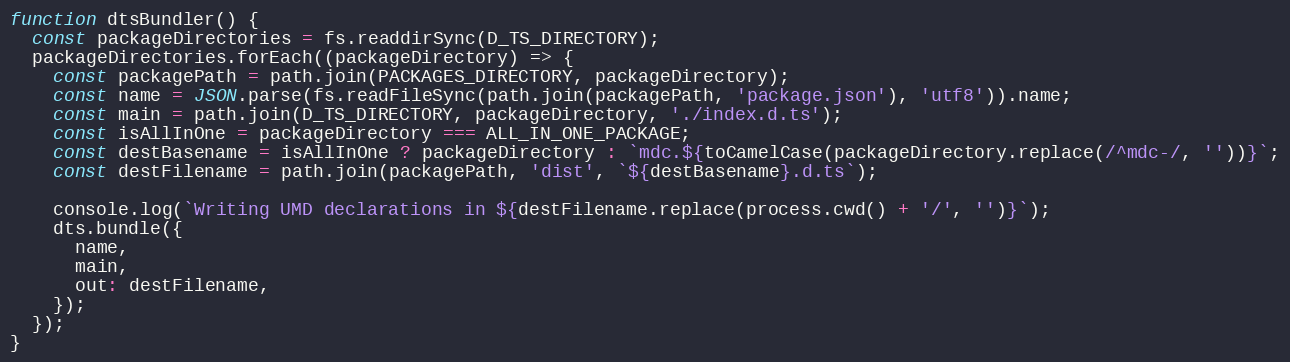
Language: JavaScript
function dtsBundler() {
  const packageDirectories = fs.readdirSync(D_TS_DIRECTORY);
  packageDirectories.forEach((packageDirectory) => {
    const packagePath = path.join(PACKAGES_DIRECTORY, packageDirectory);
    const name = JSON.parse(fs.readFileSync(path.join(packagePath, 'package.json'), 'utf8')).name;
    const main = path.join(D_TS_DIRECTORY, packageDirectory, './index.d.ts');
    const isAllInOne = packageDirectory === ALL_IN_ONE_PACKAGE;
    const destBasename = isAllInOne ? packageDirectory : `mdc.${toCamelCase(packageDirectory.replace(/^mdc-/, ''))}`;
    const destFilename = path.join(packagePath, 'dist', `${destBasename}.d.ts`);

    console.log(`Writing UMD declarations in ${destFilename.replace(process.cwd() + '/', '')}`);
    dts.bundle({
      name,
      main,
      out: destFilename,
    });
  });
}